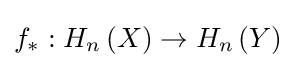
f_{*}:H_{n}\left(X\right)\rightarrow H_{n}\left(Y\right)